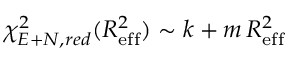
\chi _ { E + N , r e d } ^ { 2 } ( R _ { \mathrm { e f f } } ^ { 2 } ) \sim k + m \, R _ { \mathrm { e f f } } ^ { 2 }